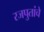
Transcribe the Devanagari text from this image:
रजपुतांचे